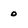
Character: o